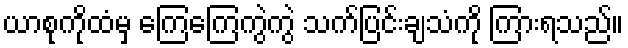
ယာစုကိုထံမှ ကြေကြေကွဲကွဲ သက်ပြင်းချသံကို ကြားရသည်။